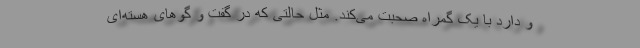
و دارد با یک گمراه صحبت می‌کند. مثل حالتی که در گفت و گوهای هسته‌ای